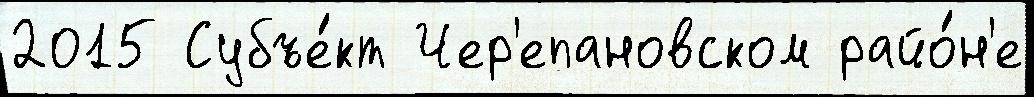
2015 Субъе́кт Чер'епановском райо́н'е